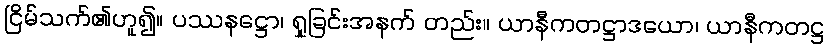
ငြိမ်သက်၏ဟူ၍။ ပဿနဋ္ဌော၊ ရှုခြင်းအနက် တည်း။ ယာနီကတဋ္ဌာဒယော၊ ယာနီကတဋ္ဌ